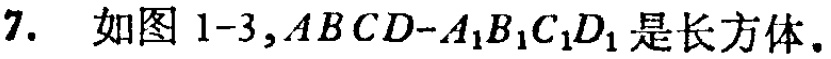
7. 如图1-3,$ABCD - A_{1}B_{1}C_{1}D_{1}$是长方体.